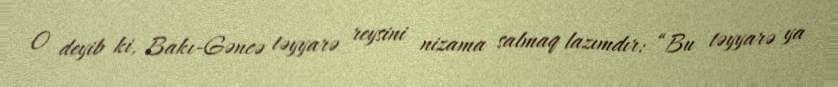
O deyib ki, Bakı-Gəncə təyyarə reysini nizama salmaq lazımdır: “Bu təyyarə ya